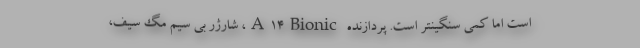
است اما کمی سنگینتر است. پردازنده A۱۴Bionic، شارژر بی سیم مگ سیف،